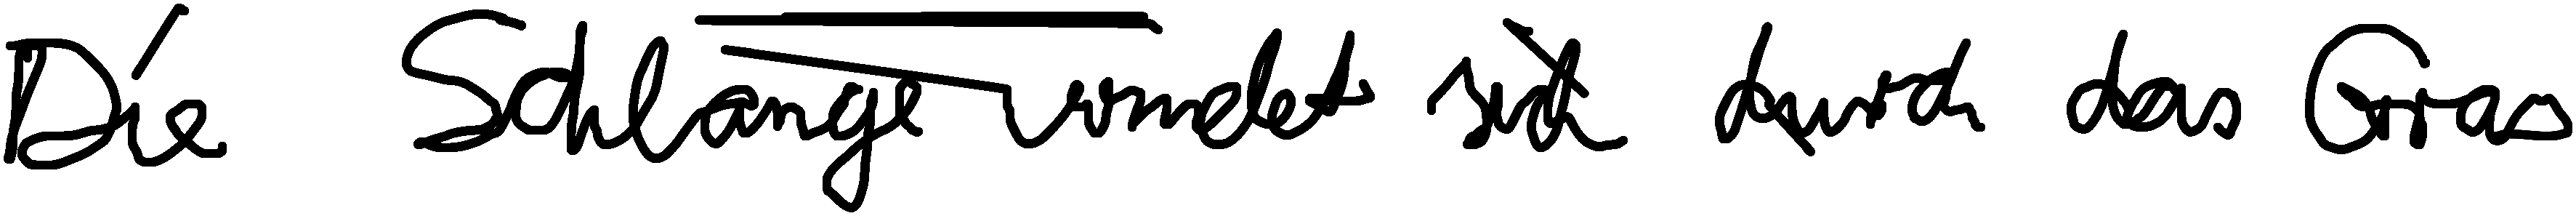
Die Schlange windet sich durch das Gras.